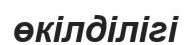
өкілділігі